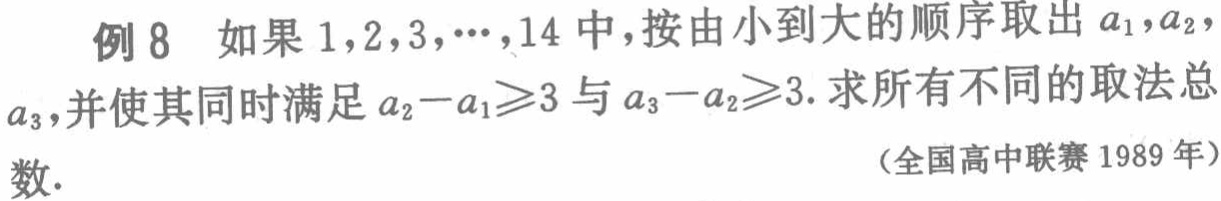
例 8 如果 \(1,2,3,\cdots,14\) 中，按由小到大的顺序取出 \(a_1,a_2,\) \(a_3\)，并使其同时满足 \(a_2 - a_1\geqslant3\) 与 \(a_3 - a_2\geqslant3\). 求所有不同的取法总数. （全国高中联赛 1989 年）